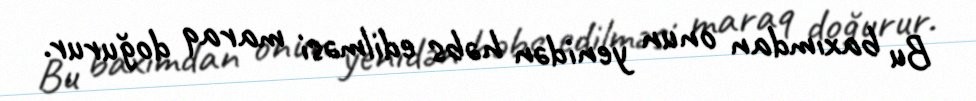
Bu baxımdan onun yenidən həbs edilməsi maraq doğurur.